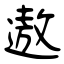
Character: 遨